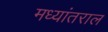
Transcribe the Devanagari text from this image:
मध्यांतराल